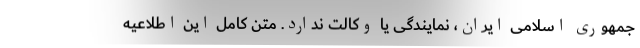
جمهوری اسلامی ایران، نمایندگی یا وکالت ندارد. متن کامل این اطلاعیه